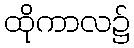
ထိုကာလ၌